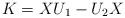
LaTeX: \begin{align*}K=XU_1-U_2X\end{align*}